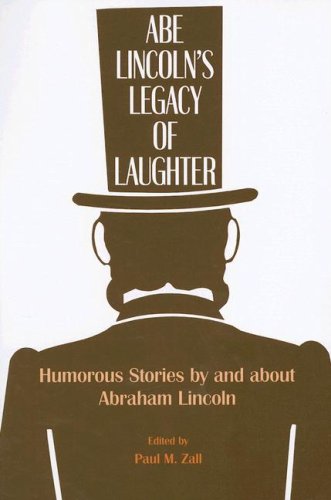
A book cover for Abe Lincoln's Legacy of Laughter: Humorous Stories by and about Abraham Lincoln; Humor & Entertainment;